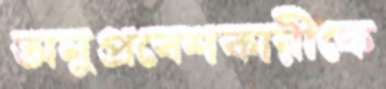
অনুপ্রবেশকারীকে